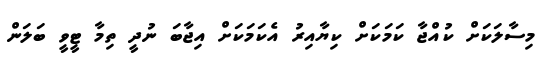
މިސާލަކަށް ކުއްޖާ ކަމަކަށް ކިޔާއިރު އެކަމަކަށް އިޖާބަ ނުދީ ތިމާ ޓީވީ ބަލަން